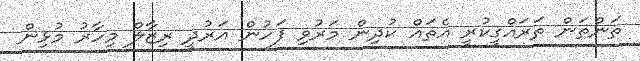
ތަންތަން ތަރައްގީކުރީ އެތައް ކުދިން މަރުވި ފަހުން އަރުދީ ރިޒާލް މިހާރު މުޅިން